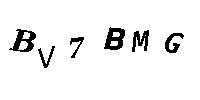
BV7BMG